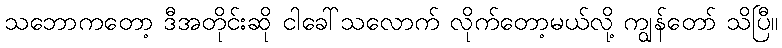
သဘောကတော့ ဒီအတိုင်းဆို ငါခေါ်သလောက် လိုက်တော့မယ်လို့ ကျွန်တော် သိပြီ။